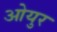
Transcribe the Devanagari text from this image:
ओयुर